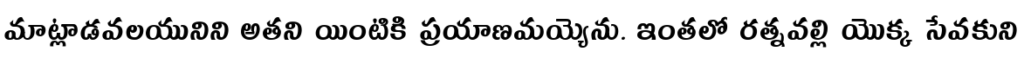
మాట్లాడవలయునిని అతని యింటికి ప్రయాణమయ్యెను. ఇంతలో రత్నవల్లి యొక్క సేవకుని